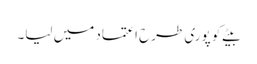
بیٹے کو پوری طرح اعتماد میں لیا۔